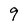
Character: 9